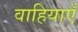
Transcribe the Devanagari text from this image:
वाहियाएँ